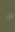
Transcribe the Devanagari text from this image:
शेह्रर